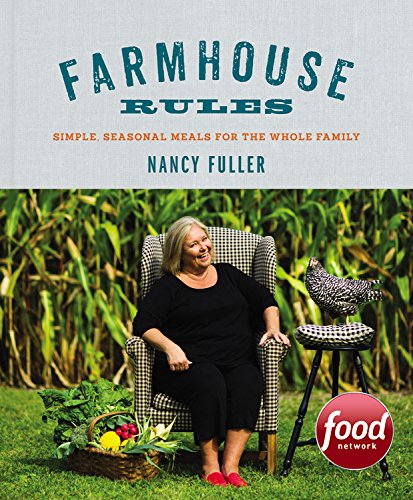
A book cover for Farmhouse Rules: Simple, Seasonal Meals for the Whole Family; Nancy Fuller; Cookbooks, Food & Wine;